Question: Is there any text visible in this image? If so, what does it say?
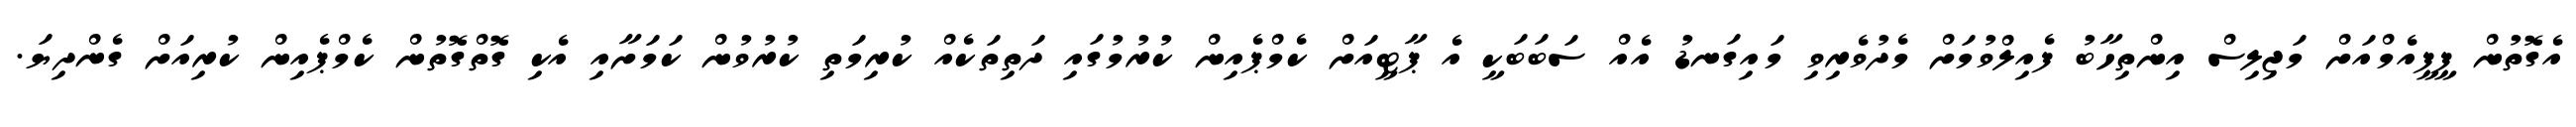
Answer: އެގޮތުން ޕީޕީއެމްއަށް މަޖިލިސް އިންތިހާބު ފެއިލްވުމަށް މެދުވެރިވި މައިގަނޑު އެއް ސަބަބަކީ އެ ޕާޓީއަށް ކެމްޕެއިން ކުރުމުގައި ދަތިތަކެއް ކުރިމަތި ކުރުވުން ކަމަށާއި އެކި ގޮތްގޮތުން ކެމްޕެއިން ކުރިއަށް ގެންދިޔަ.